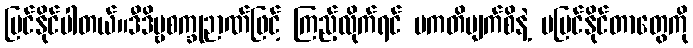
မြင်နိုင်ပါတယ်။ဒီဒိဗ္ဗစက္ခုဉာဏ်ဖြင့် ကြည့်လိုက်ရင် ပကတိမျက်စိနဲ့ မမြင်နိုင်တာတွေကို